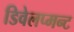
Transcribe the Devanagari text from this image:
डिवेलप्मन्ट